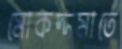
মোকদ্দমাতে